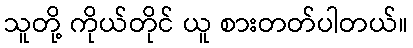
သူတို့ ကိုယ်တိုင် ယူ စားတတ်ပါတယ်။